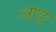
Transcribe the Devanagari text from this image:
आङ्‌